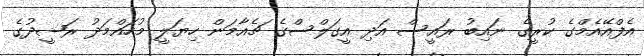
އެފްއޭއެމްގެ ކުރީގެ ނައިބު ރައީސް އަދި އީގަލްސްގެ ޗެއާމަން ހިޔަލީ މުހައްމަދު ރަޝީދުގެ